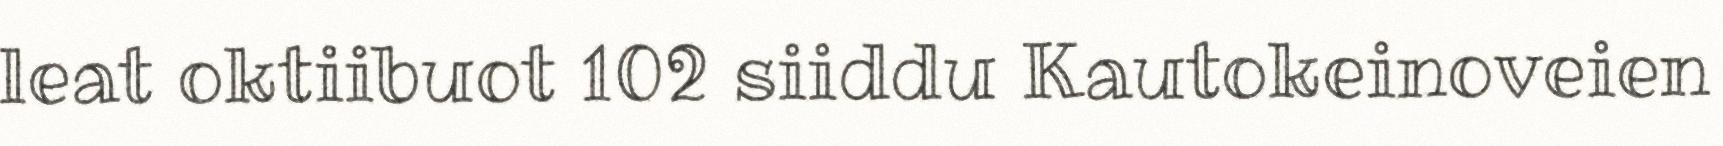
leat oktiibuot 102 siiddu Kautokeinoveien